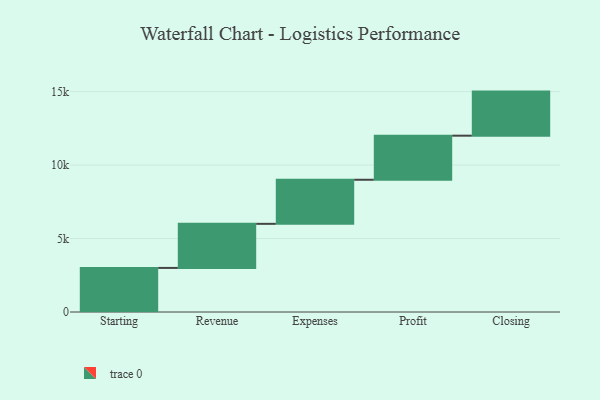
{"axis": {"x": "Step", "y": "Value"}, "legend": [""], "data": [{"x": "Starting", "y": 3000, "type": ""}, {"x": "Revenue", "y": 3000, "type": ""}, {"x": "Expenses", "y": 3000, "type": ""}, {"x": "Profit", "y": 3000, "type": ""}, {"x": "Closing", "y": 3000, "type": ""}]}